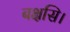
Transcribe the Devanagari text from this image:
बक्षसि।